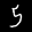
Label: 5